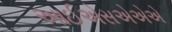
આઈએસએએએ